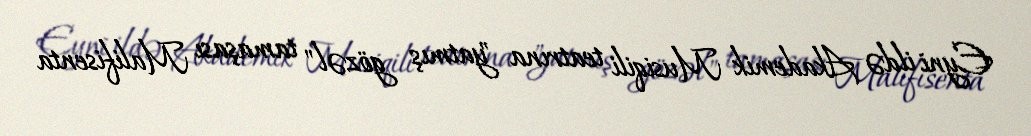
Eyni ildə Akademik Musiqili teatrına "yatmış gözəl" tamaşası Malifisenta